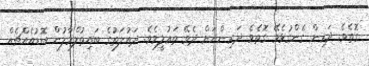
ގޮތެވެ. ދަރިން ގެންގުޅެވޭ ގޮތެވެ. ދަރިންނަށް ދެވޭ ތަޢުލީމެވެ. ދައުލަތުގެ ބައިތުލްމާލުން ބޮޑުއެއްޗެއް